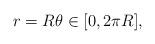
LaTeX: \begin{align*}r=R{}\theta{}\in[0,2\pi R],\end{align*}